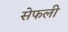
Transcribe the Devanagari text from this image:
सेफली